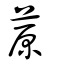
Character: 蒝